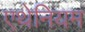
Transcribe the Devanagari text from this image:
एथेनियम